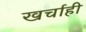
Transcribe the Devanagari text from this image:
खर्चाही